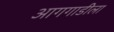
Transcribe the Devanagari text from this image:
आगगाडीला